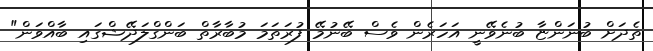
ތެދަށް ބުނަންޏާ ބުނެވޭނީ އަހަރެން ވެސް ބޭނުމޭ ފުރަތަމަ މުބާރާތް ބަންގްލަދޭޝްގައި ބާއްވަން"